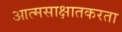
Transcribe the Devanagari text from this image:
आत्मसाक्षातकरता